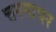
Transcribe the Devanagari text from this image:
चरनापर